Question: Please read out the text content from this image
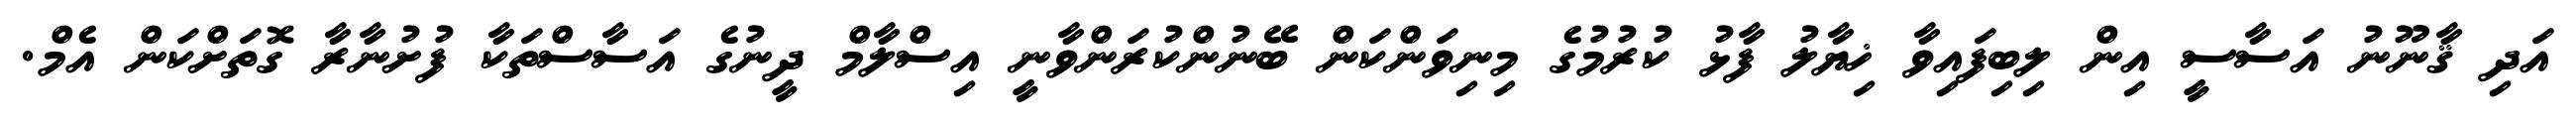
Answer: އަދި ޤާނޫނު އަސާސީ އިން ލިބިފައިވާ ޚިޔާލު ފާޅު ކުރުމުގެ މިނިވަންކަން ބޭނުންކުރަންވާނީ އިސްލާމް ދީނުގެ އަސާސްތަކާ ފުށުނާރާ ގޮތަށްކަން އެމް.